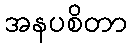
အနပစိတာ